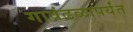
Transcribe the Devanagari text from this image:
गावंढळापर्यंत